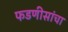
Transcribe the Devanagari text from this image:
फडणीसांचा